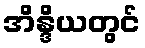
အိန္ဒိယတွင်